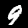
Label: 9